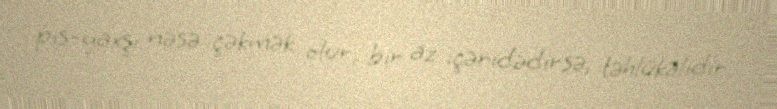
pis-yaxşı nəsə çəkmək olur, bir az içəridədirsə, təhlükəlidir.